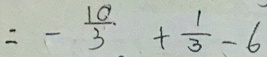
= - \frac { 1 0 } { 3 } + \frac { 1 } { 3 } - 6